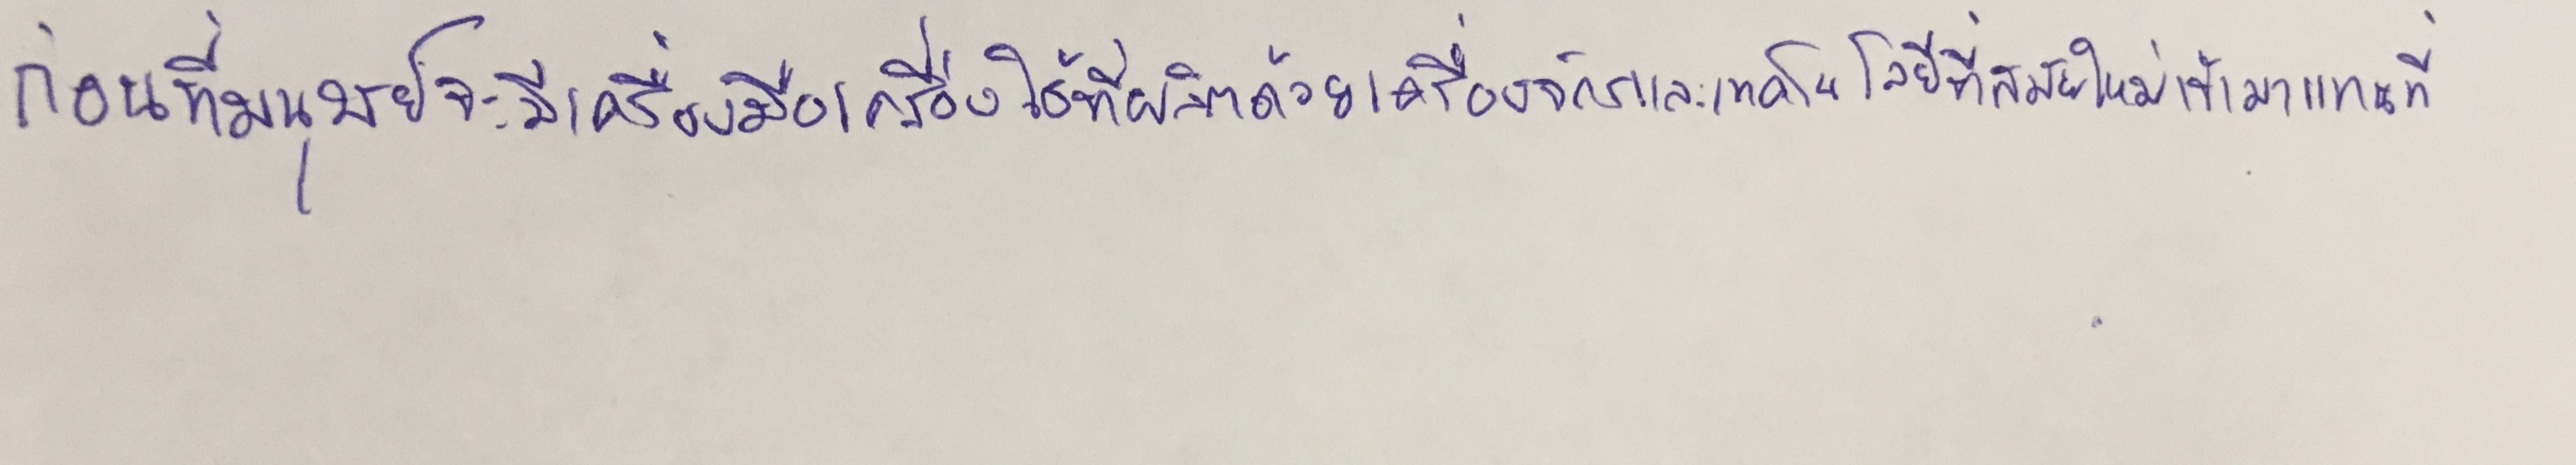
ก่อนที่มนุษย์จะมีเครื่องมือเครื่องใช้ที่ผลิตด้วยเครื่องจักรและเทคโนโลยีที่สมัยใหม่เข้ามาแทนที่